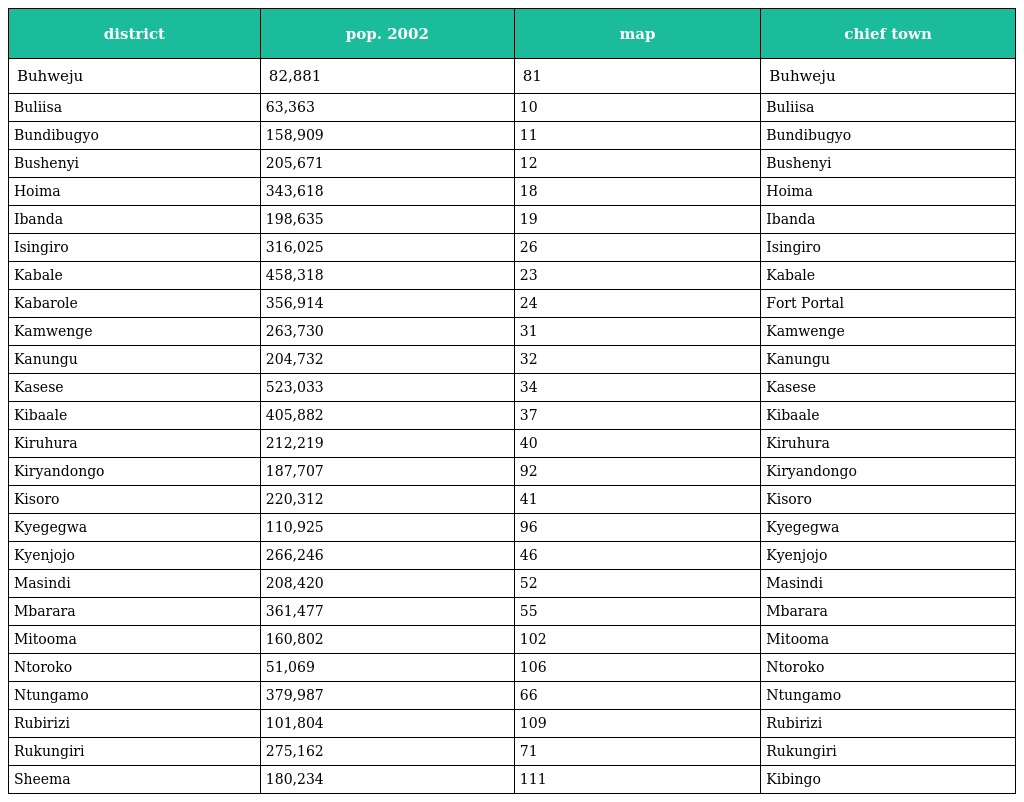
| district | pop. 2002 | map | chief town |
 | --- | --- | --- | --- |
 | Buhweju | 82,881 | 81 | Buhweju |
 | Buliisa | 63,363 | 10 | Buliisa |
 | Bundibugyo | 158,909 | 11 | Bundibugyo |
 | Bushenyi | 205,671 | 12 | Bushenyi |
 | Hoima | 343,618 | 18 | Hoima |
 | Ibanda | 198,635 | 19 | Ibanda |
 | Isingiro | 316,025 | 26 | Isingiro |
 | Kabale | 458,318 | 23 | Kabale |
 | Kabarole | 356,914 | 24 | Fort Portal |
 | Kamwenge | 263,730 | 31 | Kamwenge |
 | Kanungu | 204,732 | 32 | Kanungu |
 | Kasese | 523,033 | 34 | Kasese |
 | Kibaale | 405,882 | 37 | Kibaale |
 | Kiruhura | 212,219 | 40 | Kiruhura |
 | Kiryandongo | 187,707 | 92 | Kiryandongo |
 | Kisoro | 220,312 | 41 | Kisoro |
 | Kyegegwa | 110,925 | 96 | Kyegegwa |
 | Kyenjojo | 266,246 | 46 | Kyenjojo |
 | Masindi | 208,420 | 52 | Masindi |
 | Mbarara | 361,477 | 55 | Mbarara |
 | Mitooma | 160,802 | 102 | Mitooma |
 | Ntoroko | 51,069 | 106 | Ntoroko |
 | Ntungamo | 379,987 | 66 | Ntungamo |
 | Rubirizi | 101,804 | 109 | Rubirizi |
 | Rukungiri | 275,162 | 71 | Rukungiri |
 | Sheema | 180,234 | 111 | Kibingo |